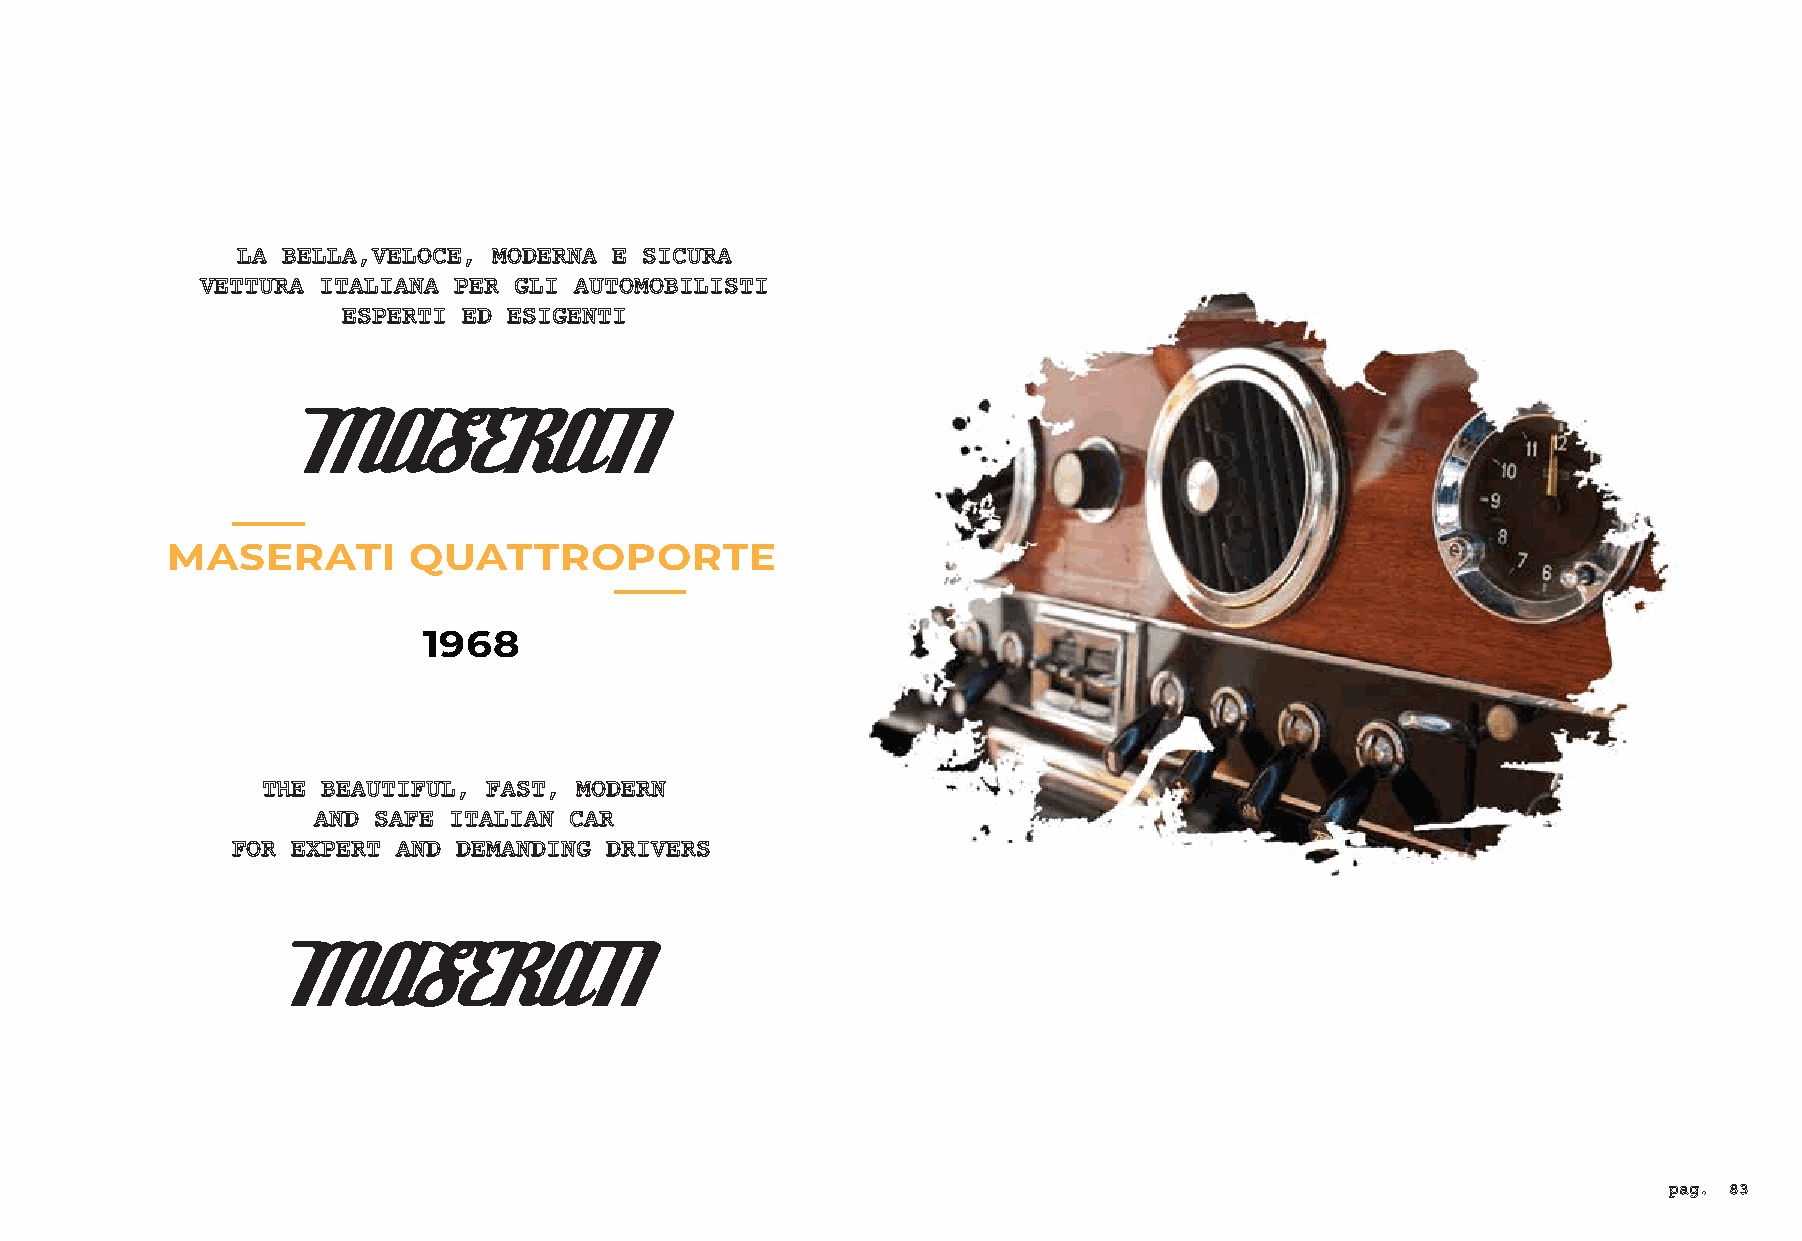
LA BELLA,VELOCE, MODERNA E SICURA
 VETTURA ITALIANA PER GLI AUTOMOBILISTI
 ESPERTI ED ESIGENTI
 MASERATI
 MASERATI        QUATTROPORTE
 1968
 THE BEAUTIFUL, FAST, MODERN
 AND SAFE ITALIAN CAR
 FOR EXPERT AND DEMANDING DRIVERS
 MASERATI
 pag. 83